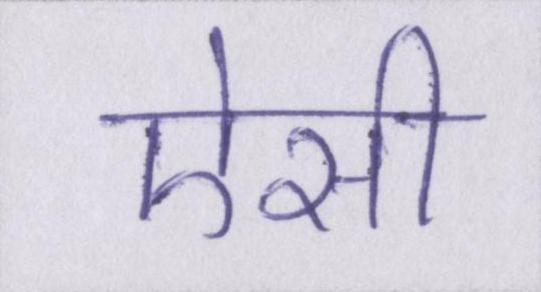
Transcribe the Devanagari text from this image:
ऐसी